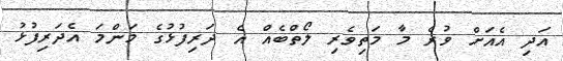
އަދި އެއަށް ވުރެ މާ މަތިވެރި ލޯތްބެއް އެ ދަރިފުޅުގެ މަންމަ އެދަރިފުޅު